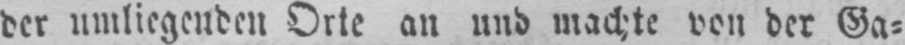
der umliegenden Orte an und machte von der Ga⸗